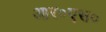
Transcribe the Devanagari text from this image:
आर०एस०